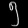
Digit: ၅